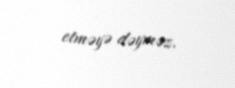
etməyə dəyməz.